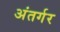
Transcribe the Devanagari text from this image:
अंतर्गर